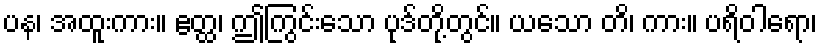
ပန၊ အထူးကား။ ဧတ္ထ၊ ဤကြွင်းသော ပုဒ်တို့တွင်။ ယသော တိ၊ ကား။ ပရိဝါရော၊